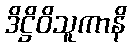
ဒိဋ္ဌိဝိသူကာနိ